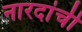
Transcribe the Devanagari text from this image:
नारदांची